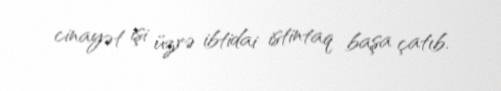
cinayət işi üzrə ibtidai istintaq başa çatıb.